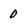
Character: 0